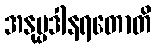
အနုပ္ပဒါနရတောတိ